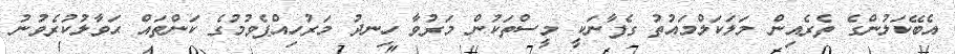
އެބޭކަލުންގެ ތެރެއިން މަލަކަލްމައުތު ގެފާނަކީ މީސްތަކުން މަރުވާ ހިނދު މަރުހިއްޕެވުމުގެ ކަންތައް ޙަވާލުކުރެވުނު